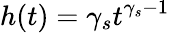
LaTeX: h(t)=\gamma_{s}t^{\gamma_{s}-1}